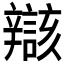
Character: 𫐝